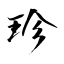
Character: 珍